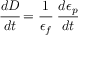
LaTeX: { \cfrac { d D } { d t } } = { \cfrac { 1 } { \epsilon _ { f } } } ~ { \cfrac { d \epsilon _ { p } } { d t } }